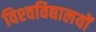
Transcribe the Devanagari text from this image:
विश्‍वविद्यालयों